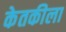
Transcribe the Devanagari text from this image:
केतकीला